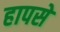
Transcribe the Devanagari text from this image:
हापसे